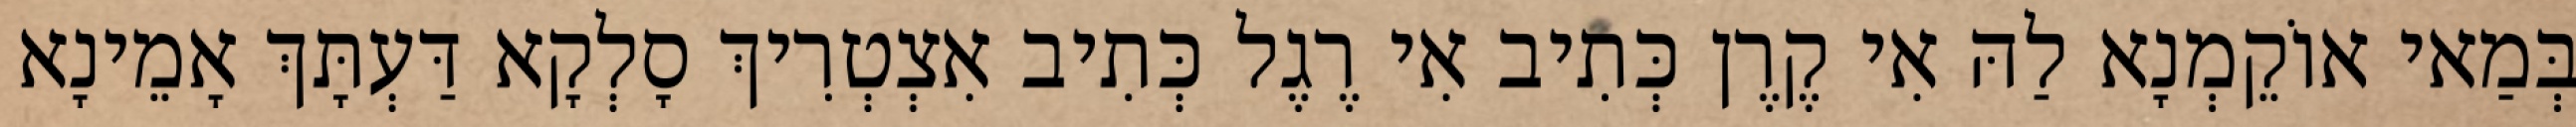
בְּמַאי אוֹקֵמְנָא לַהּ אִי קֶרֶן כְּתִיב אִי רֶגֶל כְּתִיב אִצְטְרִיךְ סָלְקָא דַּעְתָּךְ אָמֵינָא